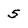
Character: 5